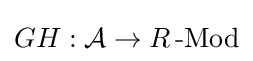
GH:{\mathcal {A}}\to R\operatorname {-Mod}